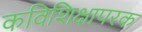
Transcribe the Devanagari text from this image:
कविशिक्षापरक